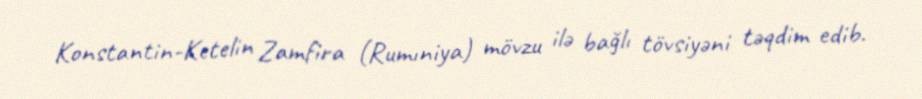
Konstantin-Ketelin Zamfira (Rumıniya) mövzu ilə bağlı tövsiyəni təqdim edib.